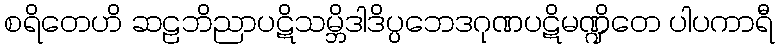
စရိတေဟိ ဆဠဘိညာပဋိသမ္ဘိဒါဒိပ္ပဘေဒဂုဏပဋိမဏ္ဍိတေ ပါပကာရီ